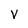
Character: V